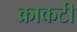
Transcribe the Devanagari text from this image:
क्राकटी